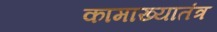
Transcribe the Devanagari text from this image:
कामाख्यातंत्र